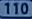
110